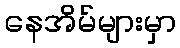
နေအိမ်များမှာ